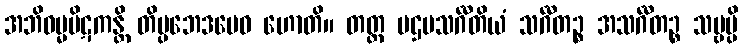
အဘိဓမ္မပိဋကန္တိ တိပ္ပဘေဒမေဝ ဟောတိ။ တတ္ထ ပဌမသင်္ဂီတိယံ သင်္ဂီတဉ္စ အသင်္ဂီတဉ္စ သဗ္ဗမ္ပိ